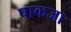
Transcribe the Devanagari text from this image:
पाकजा